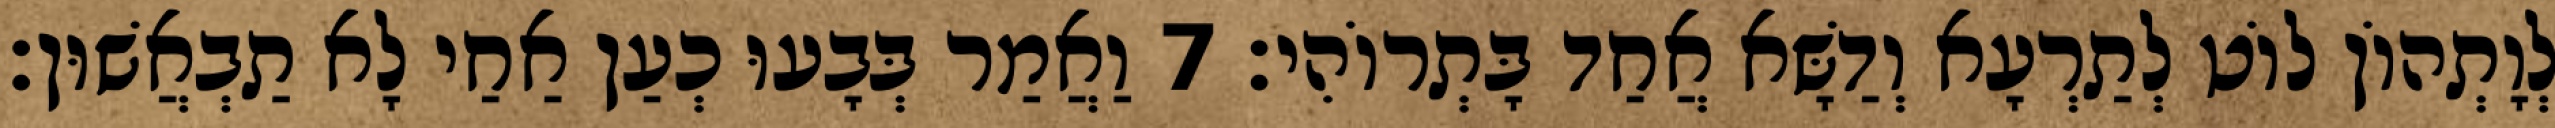
לְוָתְהוֹן לוֹט לְתַרְעָא וְדַשָּׁא אֲחַד בָּתְרוֹהִי׃ 7 וַאֲמַר בְּבָעוּ כְעַן אַחַי לָא תַבְאֲשׁוּן׃